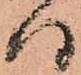
ハ